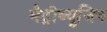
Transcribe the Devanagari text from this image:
मैट्रीब्यूजिन